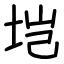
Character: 垲